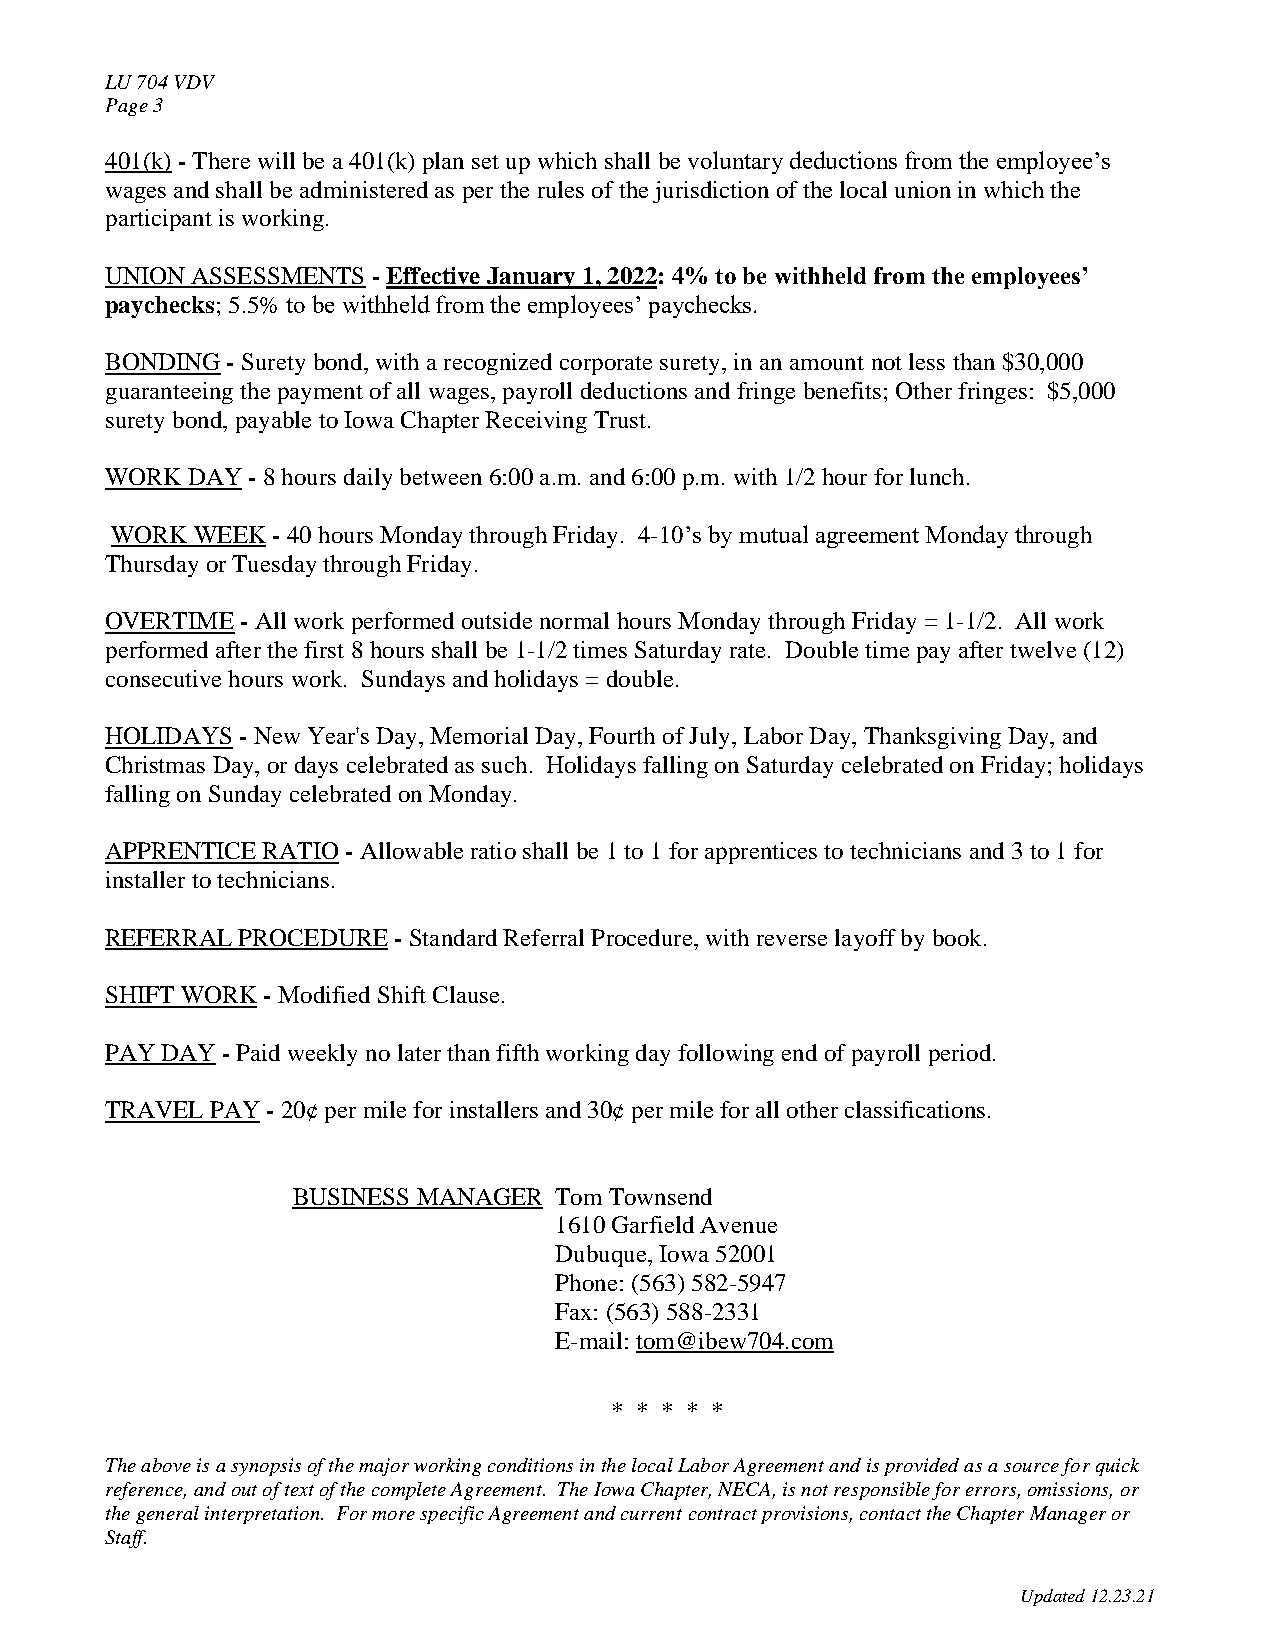
LU 704 VDV
 Page 3
 401(k) - There will be a 401(k) plan set up which shall be voluntary deductions from the employee’s
 wages and shall be administered as per the rules of the jurisdiction of the local union in which the
 participant is working.
 UNION ASSESSMENTS - Effective January 1, 2022: 4% to be withheld from the employees’
 paychecks; 5.5% to be withheld from the employees’ paychecks.
 BONDING - Surety bond, with a recognized corporate surety, in an amount not less than $30,000
 guaranteeing the payment of all wages, payroll deductions and fringe benefits; Other fringes: $5,000
 surety bond, payable to Iowa Chapter Receiving Trust.
 WORK DAY - 8 hours daily between 6:00 a.m. and 6:00 p.m. with 1/2 hour for lunch.
 WORK  WEEK - 40 hours Monday through Friday. 4-10’s by mutual agreement Monday through
 Thursday or Tuesday through Friday.
 OVERTIME - All work performed outside normal hours Monday through Friday = 1-1/2. All work
 performed after the first 8 hours shall be 1-1/2 times Saturday rate. Double time pay after twelve (12)
 consecutive hours work. Sundays and holidays = double.
 HOLIDAYS - New Year's Day, Memorial Day, Fourth of July, Labor Day, Thanksgiving Day, and
 Christmas Day, or days celebrated as such. Holidays falling on Saturday celebrated on Friday; holidays
 falling on Sunday celebrated on Monday.
 APPRENTICE RATIO - Allowable ratio shall be 1 to 1 for apprentices to technicians and 3 to 1 for
 installer to technicians.
 REFERRAL PROCEDURE - Standard Referral Procedure, with reverse layoff by book.
 SHIFT WORK - Modified Shift Clause.
 PAY DAY - Paid weekly no later than fifth working day following end of payroll period.
 TRAVEL PAY - 20¢ per mile for installers and 30¢ per mile for all other classifications.
 BUSINESS MANAGER  Tom Townsend
 1610 Garfield Avenue
 Dubuque, Iowa 52001
 Phone: (563) 582-5947
 Fax: (563) 588-2331
 E-mail: tom@ibew704.com
 * * * * *
 The above is a synopsis of the major working conditions in the local Labor Agreement and is provided as a source for quick
 reference, and out of text of the complete Agreement. The Iowa Chapter, NECA, is not responsible for errors, omissions, or
 the general interpretation. For more specific Agreement and current contract provisions, contact the Chapter Manager or
 Staff.
 Updated 12.23.21